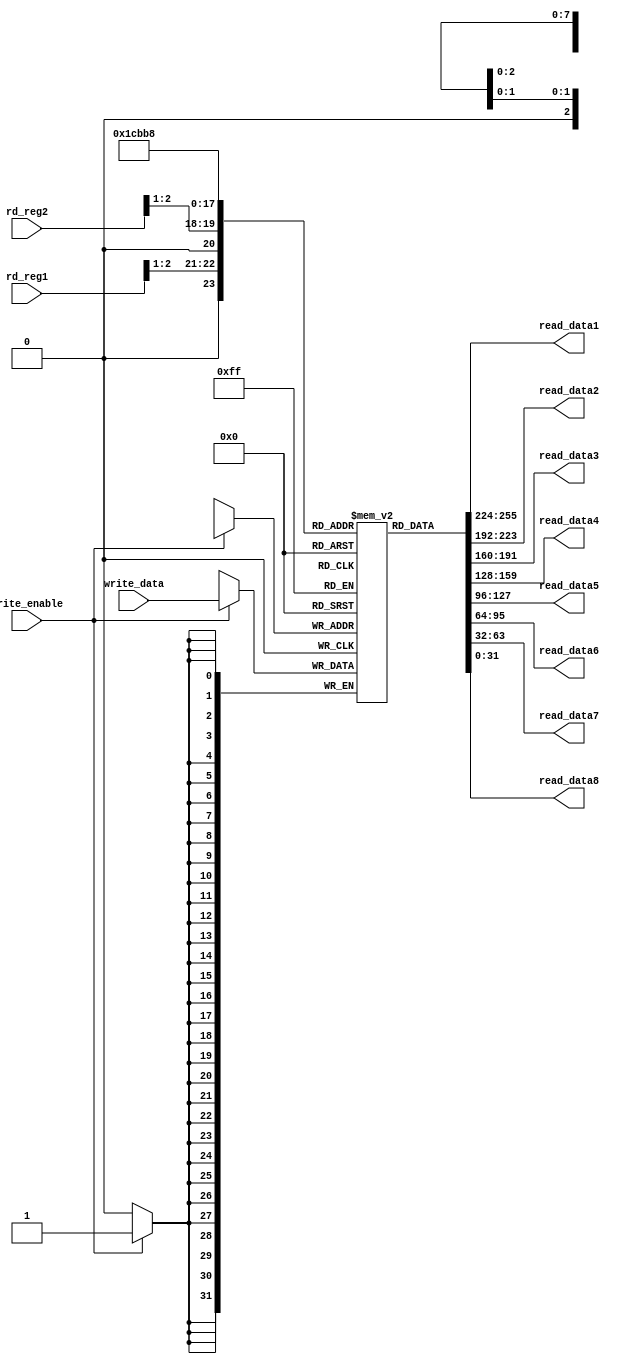
module reg_file (
    input [2:0] rd_reg1, rd_reg2, // ???????
    input [31:0] write_data,      // ????
    input write_enable,           // ?????
    output reg [31:0] read_data1, read_data2, read_data3, read_data4,read_data5, read_data6, read_data7, read_data8 // ????
);

reg [31:0] regs [0:7]; // ??8?32????

always @(*) begin
    read_data1 = regs[rd_reg1[2:1]];
    read_data2 = regs[rd_reg2[2:1]];
    read_data3 = regs[3][31:0];
    read_data4 = regs[4][31:0];
    read_data5 = regs[5][31:0];
    read_data6 = regs[6][31:0];
    read_data7 = regs[7][31:0];
    read_data8 = regs[0][31:0];
end

always @(posedge clk)
begin
    if (write_enable) 
	regs[write_reg[2:1]] <= write_data;
end

endmodule